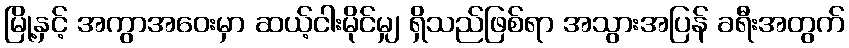
မြို့နှင့် အကွာအဝေးမှာ ဆယ့်ငါးမိုင်မျှ ရှိသည်ဖြစ်ရာ အသွားအပြန် ခရီးအတွက်